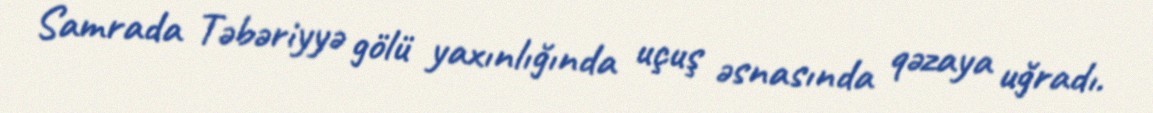
Samrada Təbəriyyə gölü yaxınlığında uçuş əsnasında qəzaya uğradı.